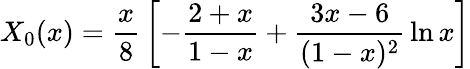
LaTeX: X_{0}(x)={\frac{x}{8}}\left[-{\frac{2+x}{1-x}}+{\frac{3x-6}{(1-x)^{2}}}\ln x\right]